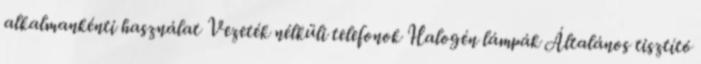
alkalmankénti használat Vezeték nélküli telefonok Halogén lámpák Általános tisztító